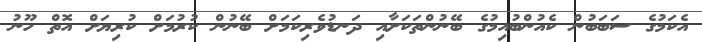
އެކަމުގެ ސަބަބުން ކެއުންބުއިމުގެ ބޭނުންތަކަށާއި ދަނޑުވެރިކަމަށް ބޭނުން ކުރުމަށް ކުރިޔަށް އޮތް ހޫނު